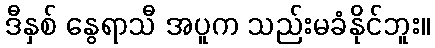
ဒီနှစ် နွေရာသီ အပူက သည်းမခံနိုင်ဘူး။